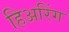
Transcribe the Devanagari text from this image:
हिअरिंग